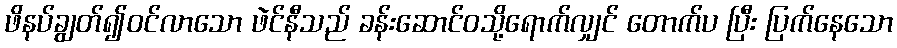
ဖိနပ်ချွတ်၍ဝင်လာသော ဖဲင်နီသည် ခန်းဆောင်ဝသို့ရောက်လျှင် တောက်ပ ပြီး ပြက်နေသော